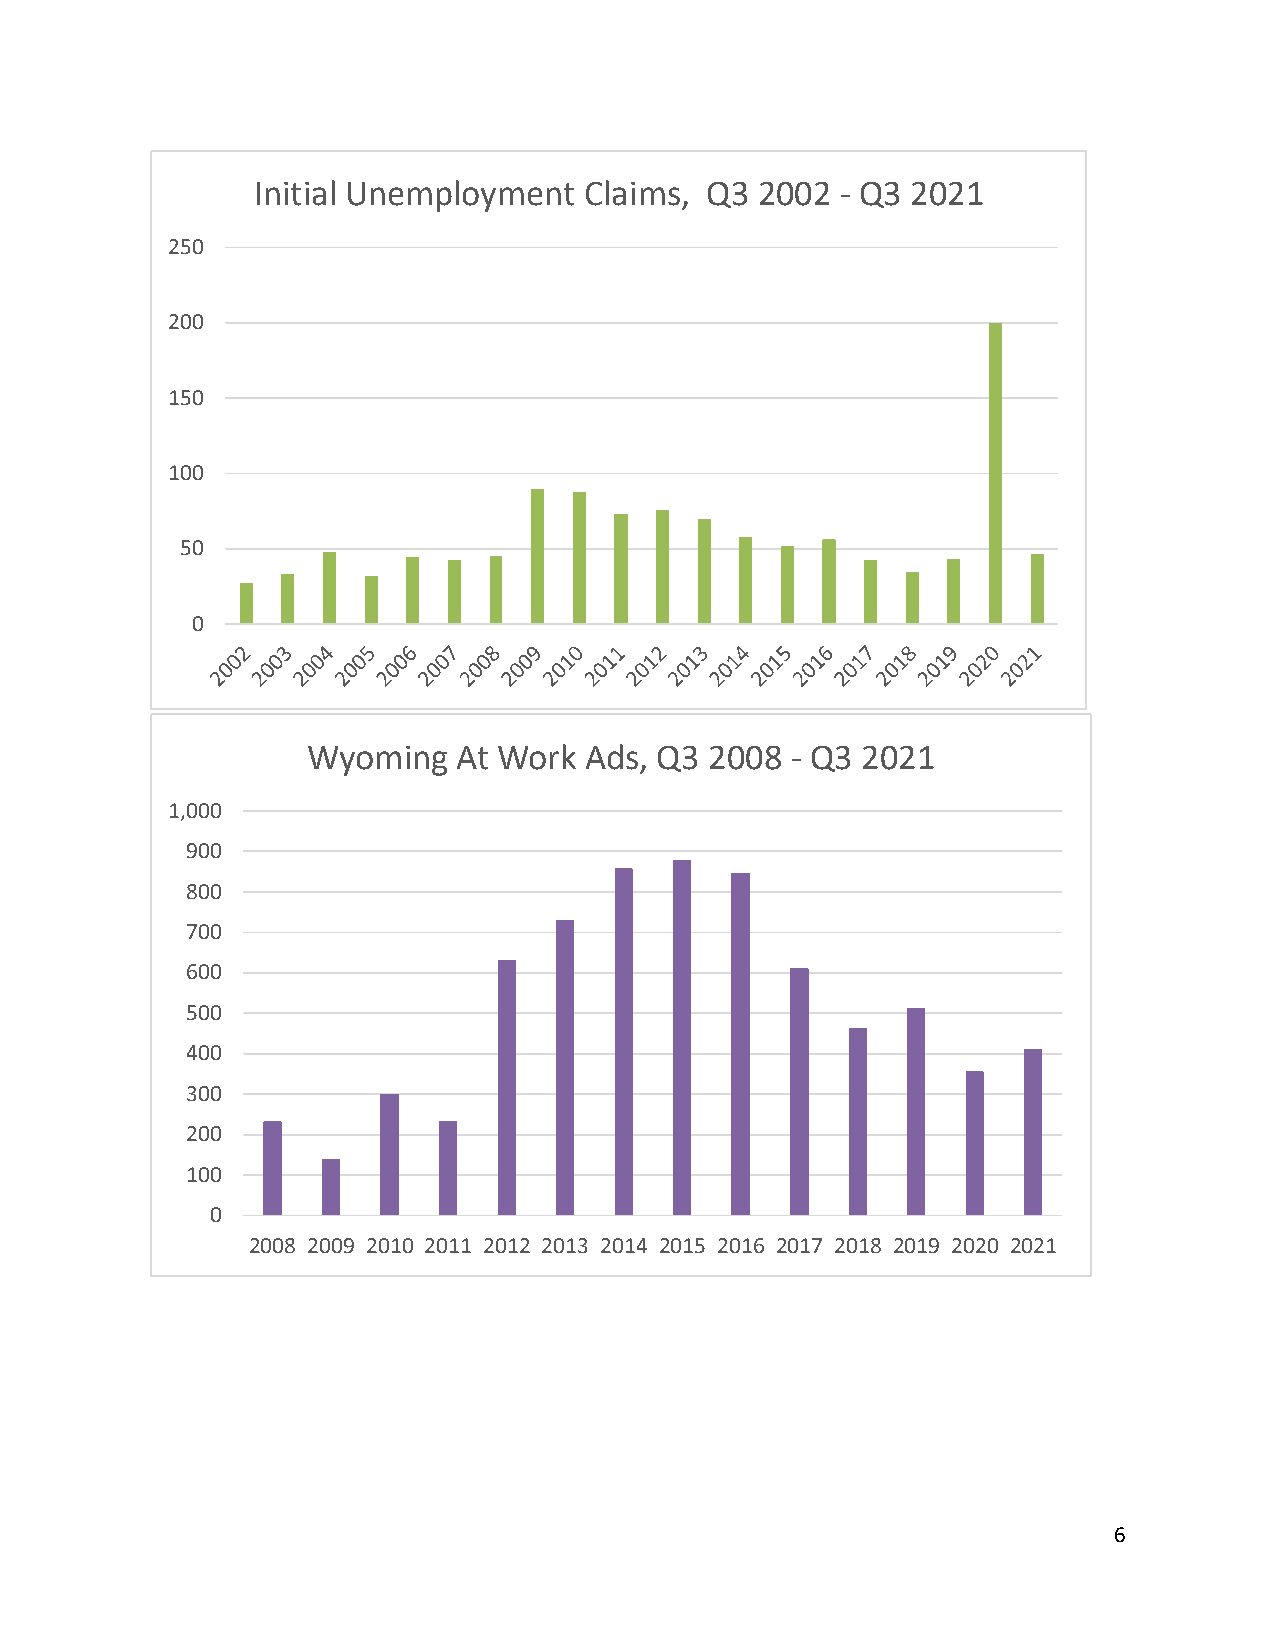
Initial Unemployment  Claims, Q3 2002  - Q3 2021
 250
 200
 150
 100
 50
 0
 Wyoming   At Work  Ads, Q3 2008 - Q3 2021
 1,000
 900
 800
 700
 600
 500
 400
 300
 200
 100
 0
 2008 2009 2010 2011 2012 2013 2014 2015 2016 2017 2018 2019 2020 2021
 6